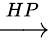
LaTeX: \xrightarrow{HP}